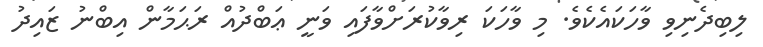
ލިބިދެނިވި ވާހަކައެކެވެ. މި ވާހަކަ ރިވާކުރަށްވާފައި ވަނީ ޢަބްދުއް ރަޙަމާން އިބްނު ޒައިދު